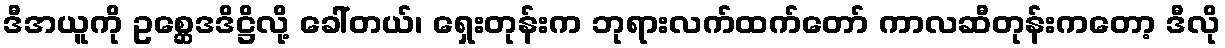
ဒီအယူကို ဥစ္ဆေဒဒိဋ္ဌိလို့ ခေါ်တယ်၊ ရှေးတုန်းက ဘုရားလက်ထက်တော် ကာလဆီတုန်းကတော့ ဒီလို